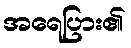
အရေပြား၏